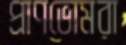
প্রাণভোমরা